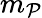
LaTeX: m_{\mathcal{P}}